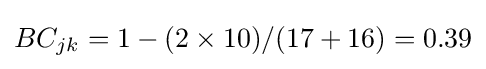
BC_{jk}=1-(2\times 10)/(17+16)=0.39